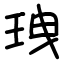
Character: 𤤺